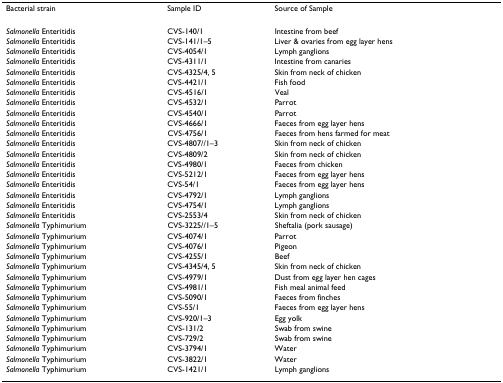
<table><thead><tr><td><b>Bacterial strain</b></td><td><b>Sample ID</b></td><td><b>Source of Sample</b></td></tr></thead><tbody><tr><td><i>Salmonella </i>Enteritidis</td><td>CVS-140/1</td><td>Intestine from beef</td></tr><tr><td><i>Salmonella </i>Enteritidis</td><td>CVS-141/1–5</td><td>Liver &amp; ovaries from egg layer hens</td></tr><tr><td><i>Salmonella </i>Enteritidis</td><td>CVS-4054/1</td><td>Lymph ganglions</td></tr><tr><td><i>Salmonella </i>Enteritidis</td><td>CVS-4311/1</td><td>Intestine from canaries</td></tr><tr><td><i>Salmonella </i>Enteritidis</td><td>CVS-4325/4, 5</td><td>Skin from neck of chicken</td></tr><tr><td><i>Salmonella </i>Enteritidis</td><td>CVS-4421/1</td><td>Fish food</td></tr><tr><td><i>Salmonella </i>Enteritidis</td><td>CVS-4516/1</td><td>Veal</td></tr><tr><td><i>Salmonella </i>Enteritidis</td><td>CVS-4532/1</td><td>Parrot</td></tr><tr><td><i>Salmonella </i>Enteritidis</td><td>CVS-4540/1</td><td>Parrot</td></tr><tr><td><i>Salmonella </i>Enteritidis</td><td>CVS-4666/1</td><td>Faeces from egg layer hens</td></tr><tr><td><i>Salmonella </i>Enteritidis</td><td>CVS-4756/1</td><td>Faeces from hens farmed for meat</td></tr><tr><td><i>Salmonella </i>Enteritidis</td><td>CVS-4807//1–3</td><td>Skin from neck of chicken</td></tr><tr><td><i>Salmonella </i>Enteritidis</td><td>CVS-4809/2</td><td>Skin from neck of chicken</td></tr><tr><td><i>Salmonella </i>Enteritidis</td><td>CVS-4980/1</td><td>Faeces from chicken</td></tr><tr><td><i>Salmonella </i>Enteritidis</td><td>CVS-5212/1</td><td>Faeces from egg layer hens</td></tr><tr><td><i>Salmonella </i>Enteritidis</td><td>CVS-54/1</td><td>Faeces from egg layer hens</td></tr><tr><td><i>Salmonella </i>Enteritidis</td><td>CVS-4792/1</td><td>Lymph ganglions</td></tr><tr><td><i>Salmonella </i>Enteritidis</td><td>CVS-4754/1</td><td>Lymph ganglions</td></tr><tr><td><i>Salmonella </i>Enteritidis</td><td>CVS-2553/4</td><td>Skin from neck of chicken</td></tr><tr><td><i>Salmonella </i>Typhimurium</td><td>CVS-3225//1–5</td><td>Sheftalia (pork sausage)</td></tr><tr><td><i>Salmonella </i>Typhimurium</td><td>CVS-4074/1</td><td>Parrot</td></tr><tr><td><i>Salmonella </i>Typhimurium</td><td>CVS-4076/1</td><td>Pigeon</td></tr><tr><td><i>Salmonella </i>Typhimurium</td><td>CVS-4255/1</td><td>Beef</td></tr><tr><td><i>Salmonella </i>Typhimurium</td><td>CVS-4345/4, 5</td><td>Skin from neck of chicken</td></tr><tr><td><i>Salmonella </i>Typhimurium</td><td>CVS-4979/1</td><td>Dust from egg layer hen cages</td></tr><tr><td><i>Salmonella </i>Typhimurium</td><td>CVS-4981/1</td><td>Fish meal animal feed</td></tr><tr><td><i>Salmonella </i>Typhimurium</td><td>CVS-5090/1</td><td>Faeces from finches</td></tr><tr><td><i>Salmonella </i>Typhimurium</td><td>CVS-55/1</td><td>Faeces from egg layer hens</td></tr><tr><td><i>Salmonella </i>Typhimurium</td><td>CVS-920/1–3</td><td>Egg yolk</td></tr><tr><td><i>Salmonella </i>Typhimurium</td><td>CVS-131/2</td><td>Swab from swine</td></tr><tr><td><i>Salmonella </i>Typhimurium</td><td>CVS-729/2</td><td>Swab from swine</td></tr><tr><td><i>Salmonella </i>Typhimurium</td><td>CVS-3794/1</td><td>Water</td></tr><tr><td><i>Salmonella </i>Typhimurium</td><td>CVS-3822/1</td><td>Water</td></tr><tr><td><i>Salmonella </i>Typhimurium</td><td>CVS-1421/1</td><td>Lymph ganglions</td></tr></tbody></table>